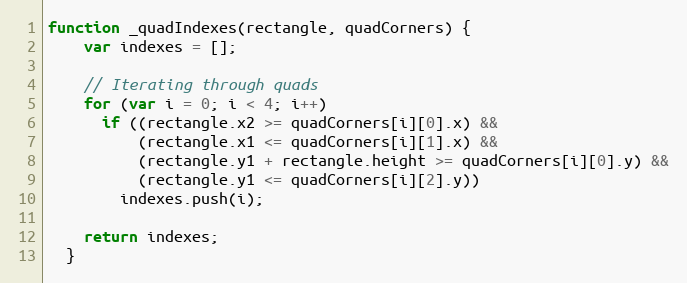
Language: JavaScript
function _quadIndexes(rectangle, quadCorners) {
    var indexes = [];

    // Iterating through quads
    for (var i = 0; i < 4; i++)
      if ((rectangle.x2 >= quadCorners[i][0].x) &&
          (rectangle.x1 <= quadCorners[i][1].x) &&
          (rectangle.y1 + rectangle.height >= quadCorners[i][0].y) &&
          (rectangle.y1 <= quadCorners[i][2].y))
        indexes.push(i);

    return indexes;
  }